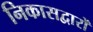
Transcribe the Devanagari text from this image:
निकासद्वारों